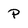
Character: P